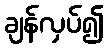
ချန်လှပ်၍